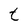
Character: t